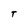
Character: T